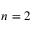
n = 2